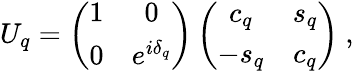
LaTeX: U_{q}=\left(\begin{array}{cc}{{1}}&{{0}}\\ {{0}}&{{e^{i\delta_{q}}}}\end{array}\right)\left(\begin{array}{cc}{{c_{q}}}&{{s_{q}}}\\ {{-s_{q}}}&{{c_{q}}}\end{array}\right)\ ,